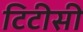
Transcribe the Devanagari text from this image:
टिटीसी